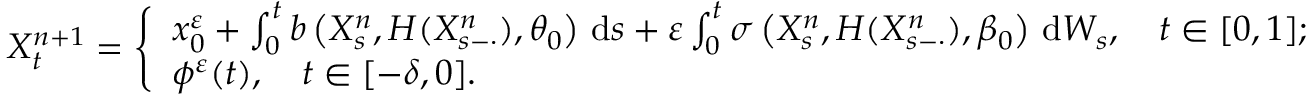
X _ { t } ^ { n + 1 } = \left\{ \begin{array} { l l } { x _ { 0 } ^ { \varepsilon } + \int _ { 0 } ^ { t } b \left( X _ { s } ^ { n } , H ( X _ { s - \cdot } ^ { n } ) , \theta _ { 0 } \right) \, \mathrm { d } s + \varepsilon \int _ { 0 } ^ { t } \sigma \left( X _ { s } ^ { n } , H ( X _ { s - \cdot } ^ { n } ) , \beta _ { 0 } \right) \, \mathrm { d } W _ { s } , \quad t \in [ 0 , 1 ] ; } \\ { \phi ^ { \varepsilon } ( t ) , \quad t \in [ - \delta , 0 ] . } \end{array} \right.